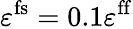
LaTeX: \varepsilon^{\mathrm{fs}}=0.1\varepsilon^{\mathrm{ff}}